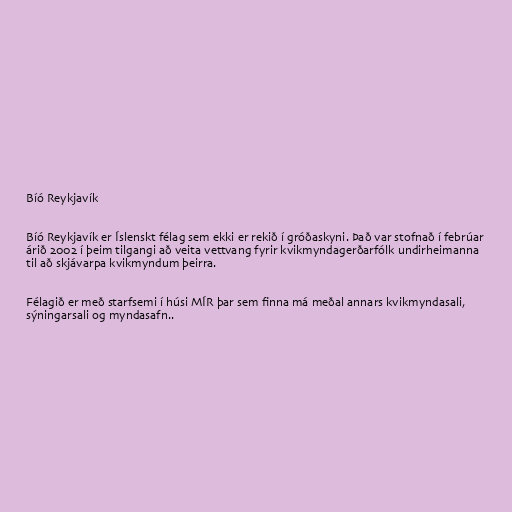
Bíó Reykjavík

Bíó Reykjavík er Íslenskt félag sem ekki er rekið í gróðaskyni. Það var stofnað í febrúar
árið 2002 í þeim tilgangi að veita vettvang fyrir kvikmyndagerðarfólk undirheimanna
til að skjávarpa kvikmyndum þeirra.

Félagið er með starfsemi í húsi MÍR þar sem finna má meðal annars kvikmyndasali,
sýningarsali og myndasafn..